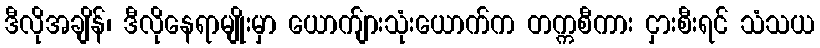
ဒီလိုအချိန်၊ ဒီလိုနေရာမျိုးမှာ ယောက်ျားသုံးယောက်က တက္ကစီကား ငှားစီးရင် သံသယ